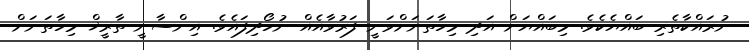
ނުރައްކާތެރި ބައްޔެކެވެ. މިބައްޔަށް އަދި މިހާތަނަށްވަނީ ފަރުވާއެއް ނުހޯދިފައެވެ. އިންސާނީ ތާރީޚް މިހާތަނަށް